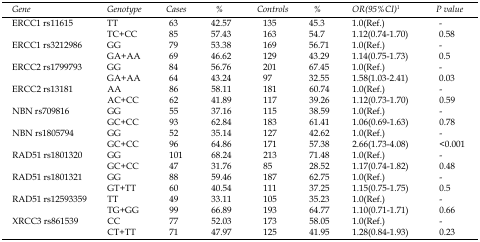
<table><thead><tr><td><b>Gene</b></td><td><b>Genotype</b></td><td><b>Cases</b></td><td><b>%</b></td><td><b>Controls</b></td><td><b>%</b></td><td><b>OR(95%CI)1</b></td><td><b>P value</b></td></tr></thead><tbody><tr><td>ERCC1 rs11615</td><td>TT</td><td>63</td><td>42.57</td><td>135</td><td>45.3</td><td>1.0(Ref.)</td><td>-</td></tr><tr><td></td><td>TC+CC</td><td>85</td><td>57.43</td><td>163</td><td>54.7</td><td>1.12(0.74-1.70)</td><td>0.58</td></tr><tr><td>ERCC1 rs3212986</td><td>GG</td><td>79</td><td>53.38</td><td>169</td><td>56.71</td><td>1.0(Ref.)</td><td>-</td></tr><tr><td></td><td>GA+AA</td><td>69</td><td>46.62</td><td>129</td><td>43.29</td><td>1.14(0.75-1.73)</td><td>0.5</td></tr><tr><td>ERCC2 rs1799793</td><td>GG</td><td>84</td><td>56.76</td><td>201</td><td>67.45</td><td>1.0(Ref.)</td><td>-</td></tr><tr><td></td><td>GA+AA</td><td>64</td><td>43.24</td><td>97</td><td>32.55</td><td>1.58(1.03-2.41)</td><td>0.03</td></tr><tr><td>ERCC2 rs13181</td><td>AA</td><td>86</td><td>58.11</td><td>181</td><td>60.74</td><td>1.0(Ref.)</td><td>-</td></tr><tr><td></td><td>AC+CC</td><td>62</td><td>41.89</td><td>117</td><td>39.26</td><td>1.12(0.73-1.70)</td><td>0.59</td></tr><tr><td>NBN rs709816</td><td>GG</td><td>55</td><td>37.16</td><td>115</td><td>38.59</td><td>1.0(Ref.)</td><td>-</td></tr><tr><td></td><td>GC+CC</td><td>93</td><td>62.84</td><td>183</td><td>61.41</td><td>1.06(0.69-1.63)</td><td>0.78</td></tr><tr><td>NBN rs1805794</td><td>GG</td><td>52</td><td>35.14</td><td>127</td><td>42.62</td><td>1.0(Ref.)</td><td>-</td></tr><tr><td></td><td>GC+CC</td><td>96</td><td>64.86</td><td>171</td><td>57.38</td><td>2.66(1.73-4.08)</td><td>&lt;0.001</td></tr><tr><td>RAD51 rs1801320</td><td>GG</td><td>101</td><td>68.24</td><td>213</td><td>71.48</td><td>1.0(Ref.)</td><td>-</td></tr><tr><td></td><td>GC+CC</td><td>47</td><td>31.76</td><td>85</td><td>28.52</td><td>1.17(0.74-1.82)</td><td>0.48</td></tr><tr><td>RAD51 rs1801321</td><td>GG</td><td>88</td><td>59.46</td><td>187</td><td>62.75</td><td>1.0(Ref.)</td><td>-</td></tr><tr><td></td><td>GT+TT</td><td>60</td><td> 40.54</td><td>111</td><td>37.25</td><td>1.15(0.75-1.75)</td><td>0.5</td></tr><tr><td>RAD51 rs12593359</td><td>TT</td><td>49</td><td>33.11</td><td>105</td><td>35.23</td><td>1.0(Ref.)</td><td>-</td></tr><tr><td></td><td>TG+GG</td><td>99</td><td>66.89</td><td>193</td><td>64.77</td><td>1.10(0.71-1.71)</td><td>0.66</td></tr><tr><td>XRCC3 rs861539</td><td>CC</td><td>77</td><td>52.03</td><td>173</td><td>58.05</td><td>1.0(Ref.)</td><td>-</td></tr><tr><td></td><td>CT+TT</td><td>71</td><td>47.97</td><td>125</td><td>41.95</td><td>1.28(0.84-1.93)</td><td>0.23</td></tr></tbody></table>